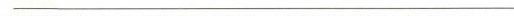
_________________________